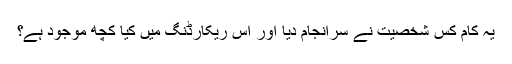
یہ کام کس شخصیت نے سرانجام دیا اور اس ریکارڈنگ میں کیا کچھ موجود ہے؟